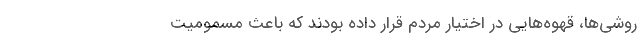
روشی‌ها، قهوه‌هایی در اختیار مردم قرار داده بودند که باعث مسمومیت